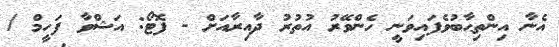
އެނާ އިންތިޙާބުވެފައިވަނީ ހެންވޭރު އުތުރު ދާއިރާއަށް - ފޮޓޯ: އަޝްވާ ފަހީމް /